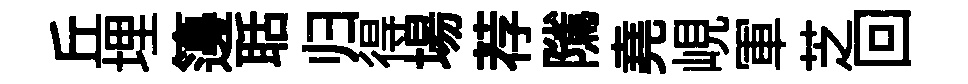
丘埋籩聒归得場荐隲堯峴軍芝回